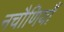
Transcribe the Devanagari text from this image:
नचौणियाँ